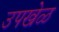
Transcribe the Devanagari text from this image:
उपखेळ